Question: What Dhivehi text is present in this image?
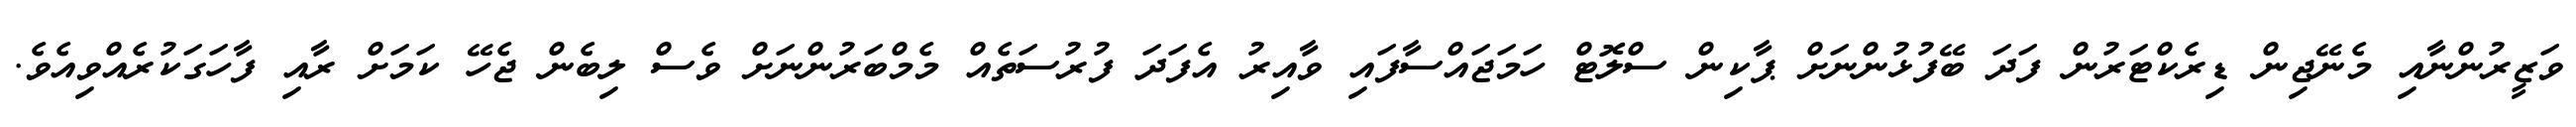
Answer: ވަޒީރުންނާއި މެނޭޖިން ޑިރެކްޓަރުން ފަދަ ބޭފުޅުންނަށް ޕާކިން ސްލޮޓް ހަމަޖައްސާފައި ވާއިރު އެފަދަ ފުރުސަތެއް މެމްބަރުންނަށް ވެސް ލިބެން ޖެހޭ ކަމަށް ރާއި ފާހަގަކުރެއްވިއެވެ.